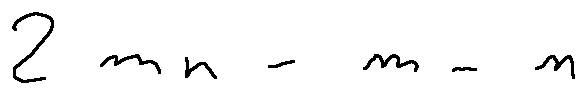
2 m n - m - n